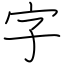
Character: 字